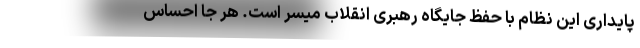
پایداری این نظام با حفظ جایگاه رهبری انقلاب میسر است. هر جا احساس